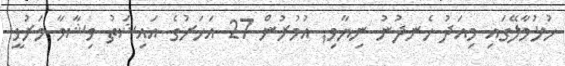
ހުޅުމާލޭގައި މިއަދު ހެނދުނު ނިޔާވި